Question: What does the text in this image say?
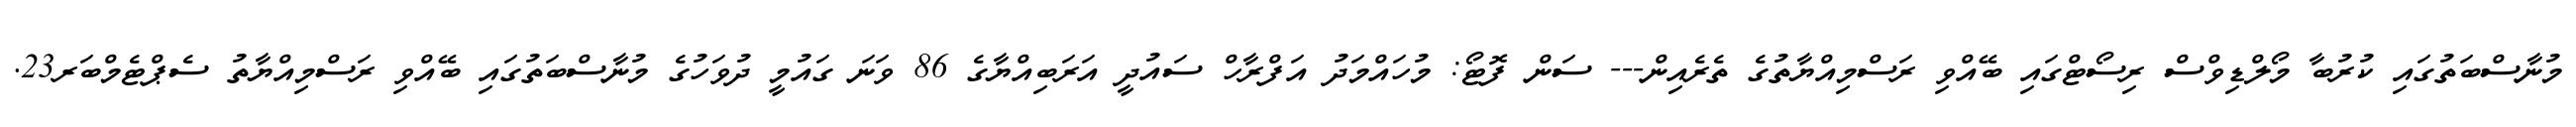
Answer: މުނާސްބަތުގައި ކުރުބާ މޯލްޑިވްސް ރިސޯޓްގައި ބޭއްވި ރަސްމިއްޔާތުގެ ތެރެއިން--- ސަން ފޮޓޯ: މުހައްމަދު އަފްރާހް ސައުދީ އަރަބިއްޔާގެ 86 ވަނަ ގައުމީ ދުވަހުގެ މުނާސްބަތުގައި ބޭއްވި ރަސްމިއްޔާތު ސެޕްޓެމްބަރ23.